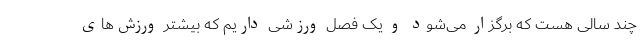
چند سالی هست که برگزار می‌شود و یک فصل ورزشی داریم که بیشتر ورزش‌های